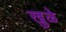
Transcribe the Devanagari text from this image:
खुळे